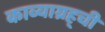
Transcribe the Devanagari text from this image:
काव्याग्रह्ची